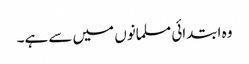
وہ ابتدائی مسلمانوں میں سے ہے۔